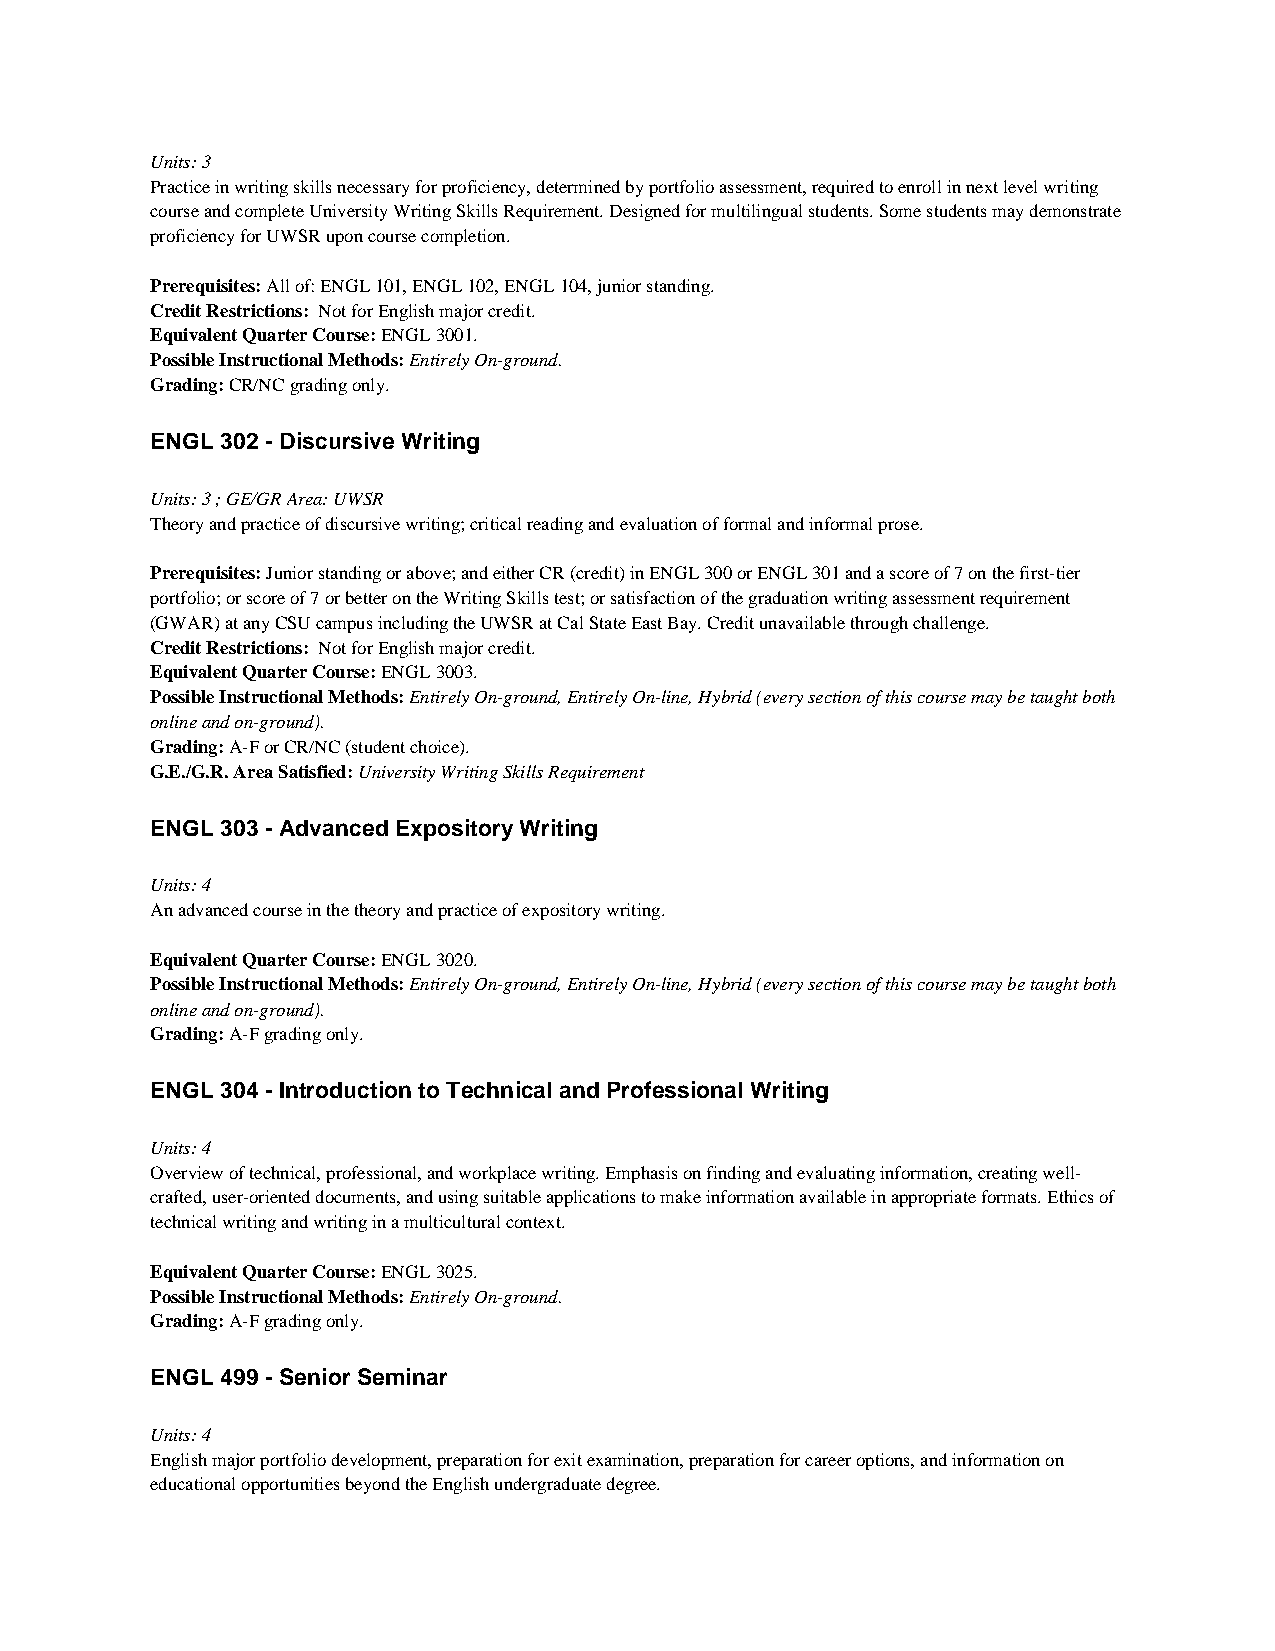
Units: 3
 Practice in writing skills necessary for proficiency, determined by portfolio assessment, required to enroll in next level writing
 course and complete University Writing Skills Requirement. Designed for multilingual students. Some students may demonstrate
 proficiency for UWSR upon course completion.
 Prerequisites: All of: ENGL 101, ENGL 102, ENGL 104, junior standing.
 Credit Restrictions: Not for English major credit.
 Equivalent Quarter Course: ENGL 3001.
 Possible Instructional Methods: Entirely On-ground.
 Grading: CR/NC grading only.
 ENGL 302 - Discursive Writing
 Units: 3 ; GE/GR Area: UWSR
 Theory and practice of discursive writing; critical reading and evaluation of formal and informal prose.
 Prerequisites: Junior standing or above; and either CR (credit) in ENGL 300 or ENGL 301 and a score of 7 on the first-tier
 portfolio; or score of 7 or better on the Writing Skills test; or satisfaction of the graduation writing assessment requirement
 (GWAR) at any CSU campus including the UWSR at Cal State East Bay. Credit unavailable through challenge.
 Credit Restrictions: Not for English major credit.
 Equivalent Quarter Course: ENGL 3003.
 Possible Instructional Methods: Entirely On-ground, Entirely On-line, Hybrid (every section of this course may be taught both
 online and on-ground).
 Grading: A-F or CR/NC (student choice).
 G.E./G.R. Area Satisfied: University Writing Skills Requirement
 ENGL 303 - Advanced Expository Writing
 Units: 4
 An advanced course in the theory and practice of expository writing.
 Equivalent Quarter Course: ENGL 3020.
 Possible Instructional Methods: Entirely On-ground, Entirely On-line, Hybrid (every section of this course may be taught both
 online and on-ground).
 Grading: A-F grading only.
 ENGL 304 - Introduction to Technical and Professional Writing
 Units: 4
 Overview of technical, professional, and workplace writing. Emphasis on finding and evaluating information, creating well-
 crafted, user-oriented documents, and using suitable applications to make information available in appropriate formats. Ethics of
 technical writing and writing in a multicultural context.
 Equivalent Quarter Course: ENGL 3025.
 Possible Instructional Methods: Entirely On-ground.
 Grading: A-F grading only.
 ENGL 499 - Senior Seminar
 Units: 4
 English major portfolio development, preparation for exit examination, preparation for career options, and information on
 educational opportunities beyond the English undergraduate degree.